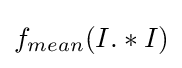
f_{mean}(I.*I)